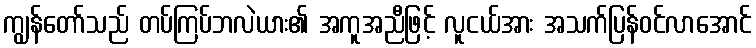
ကျွန်တော်သည် တပ်ကြပ်ဘလဲယား၏ အကူအညီဖြင့် လူငယ်အား အသက်ပြန်ဝင်လာအောင်